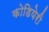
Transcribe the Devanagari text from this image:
कोडियेरी